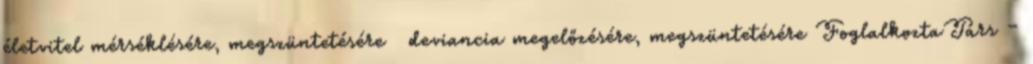
életvitel mérséklésére, megszüntetésére  deviancia megelőzésére, megszüntetésére FoglalkoztaTárs –